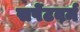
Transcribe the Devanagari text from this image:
सपेंटवर्म